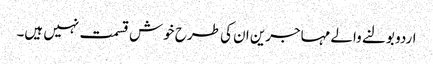
اردو بولنے والے مہاجرین ان کی طرح خوش قسمت نہیں ہیں۔